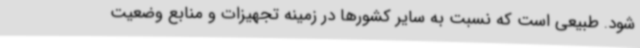
شود. طبیعی است که نسبت به سایر کشورها در زمینه تجهیزات و منابع وضعیت